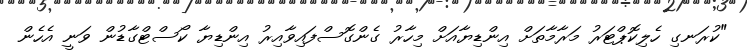
"ކުރަނގި ހެލިކޮޕްޓަރު މަރާމާތަށް އިންޑިޔާއަށް މިހާރު ގެންގޮސްފައިވާއިރު އިންޑިޔާ ކޯސްޓްގާޑުން ވަނީ އެހެން